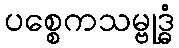
ပစ္စေကသမ္ဗုဒ္ဓံ